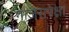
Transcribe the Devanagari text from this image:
गाजरापेक्षा